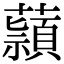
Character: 蘏